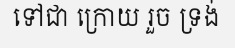
ទៅជា ក្រោយ រួច ទ្រង់